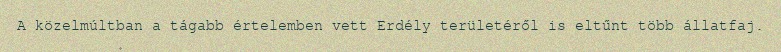
A közelmúltban a tágabb értelemben vett Erdély területéről is eltűnt több állatfaj.